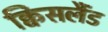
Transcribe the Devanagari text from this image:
क्विंसलैंड